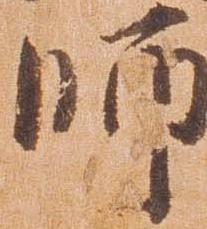
師